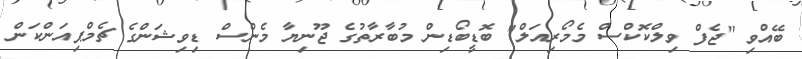
ބޭއްވި "ޖެފް ވިލްކޮކްސް މެމޯރިއަލް" ބޮޑީބޯޑިން މުބާރާތުގެ ޖޫނިޔާ މެންސް ޑިވިޝަންގެ ޗެމްޕިއަންކަން